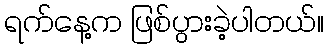
ရက်နေ့က ဖြစ်ပွားခဲ့ပါတယ်။